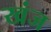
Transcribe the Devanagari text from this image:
खंज